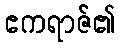
ဧကရာဇ်၏